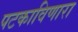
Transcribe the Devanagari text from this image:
पटकाविणारा